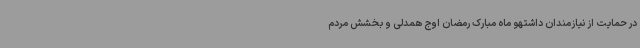
در حمایت از نیازمندان داشتهو ماه مبارک رمضان اوج همدلی و بخشش مردم